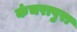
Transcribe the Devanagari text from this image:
कंचरापुरा